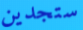
ستجدين